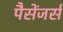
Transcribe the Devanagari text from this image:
पैसेंजर्स